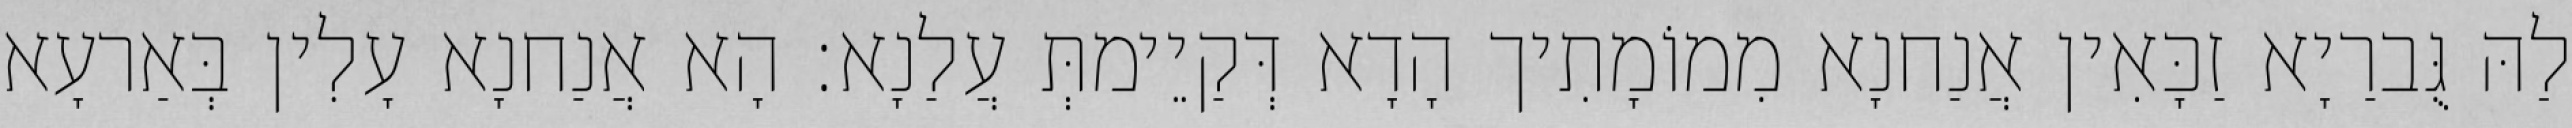
לַהּ גֻּברַיָא זַכָּאִין אֲנַחנָא מִמוֹמָתִיך הָדָא דְּקַיֵימתְּ עֲלַנָא׃ הָא אֲנַחנָא עָלִין בְּאַרעָא